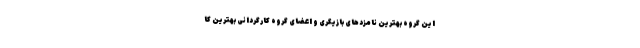
این گروه بهترین نامزدهای بازیگری و اعضای گروه کارگردانی بهترین کا